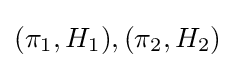
(\pi _{1},H_{1}),(\pi _{2},H_{2})